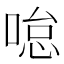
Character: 𠷂